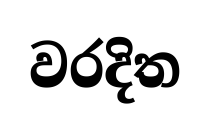
වරදිත